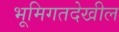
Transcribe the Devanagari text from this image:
भूमिगतदेखील